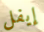
إيفل